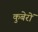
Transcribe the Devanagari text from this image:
कुबेरों